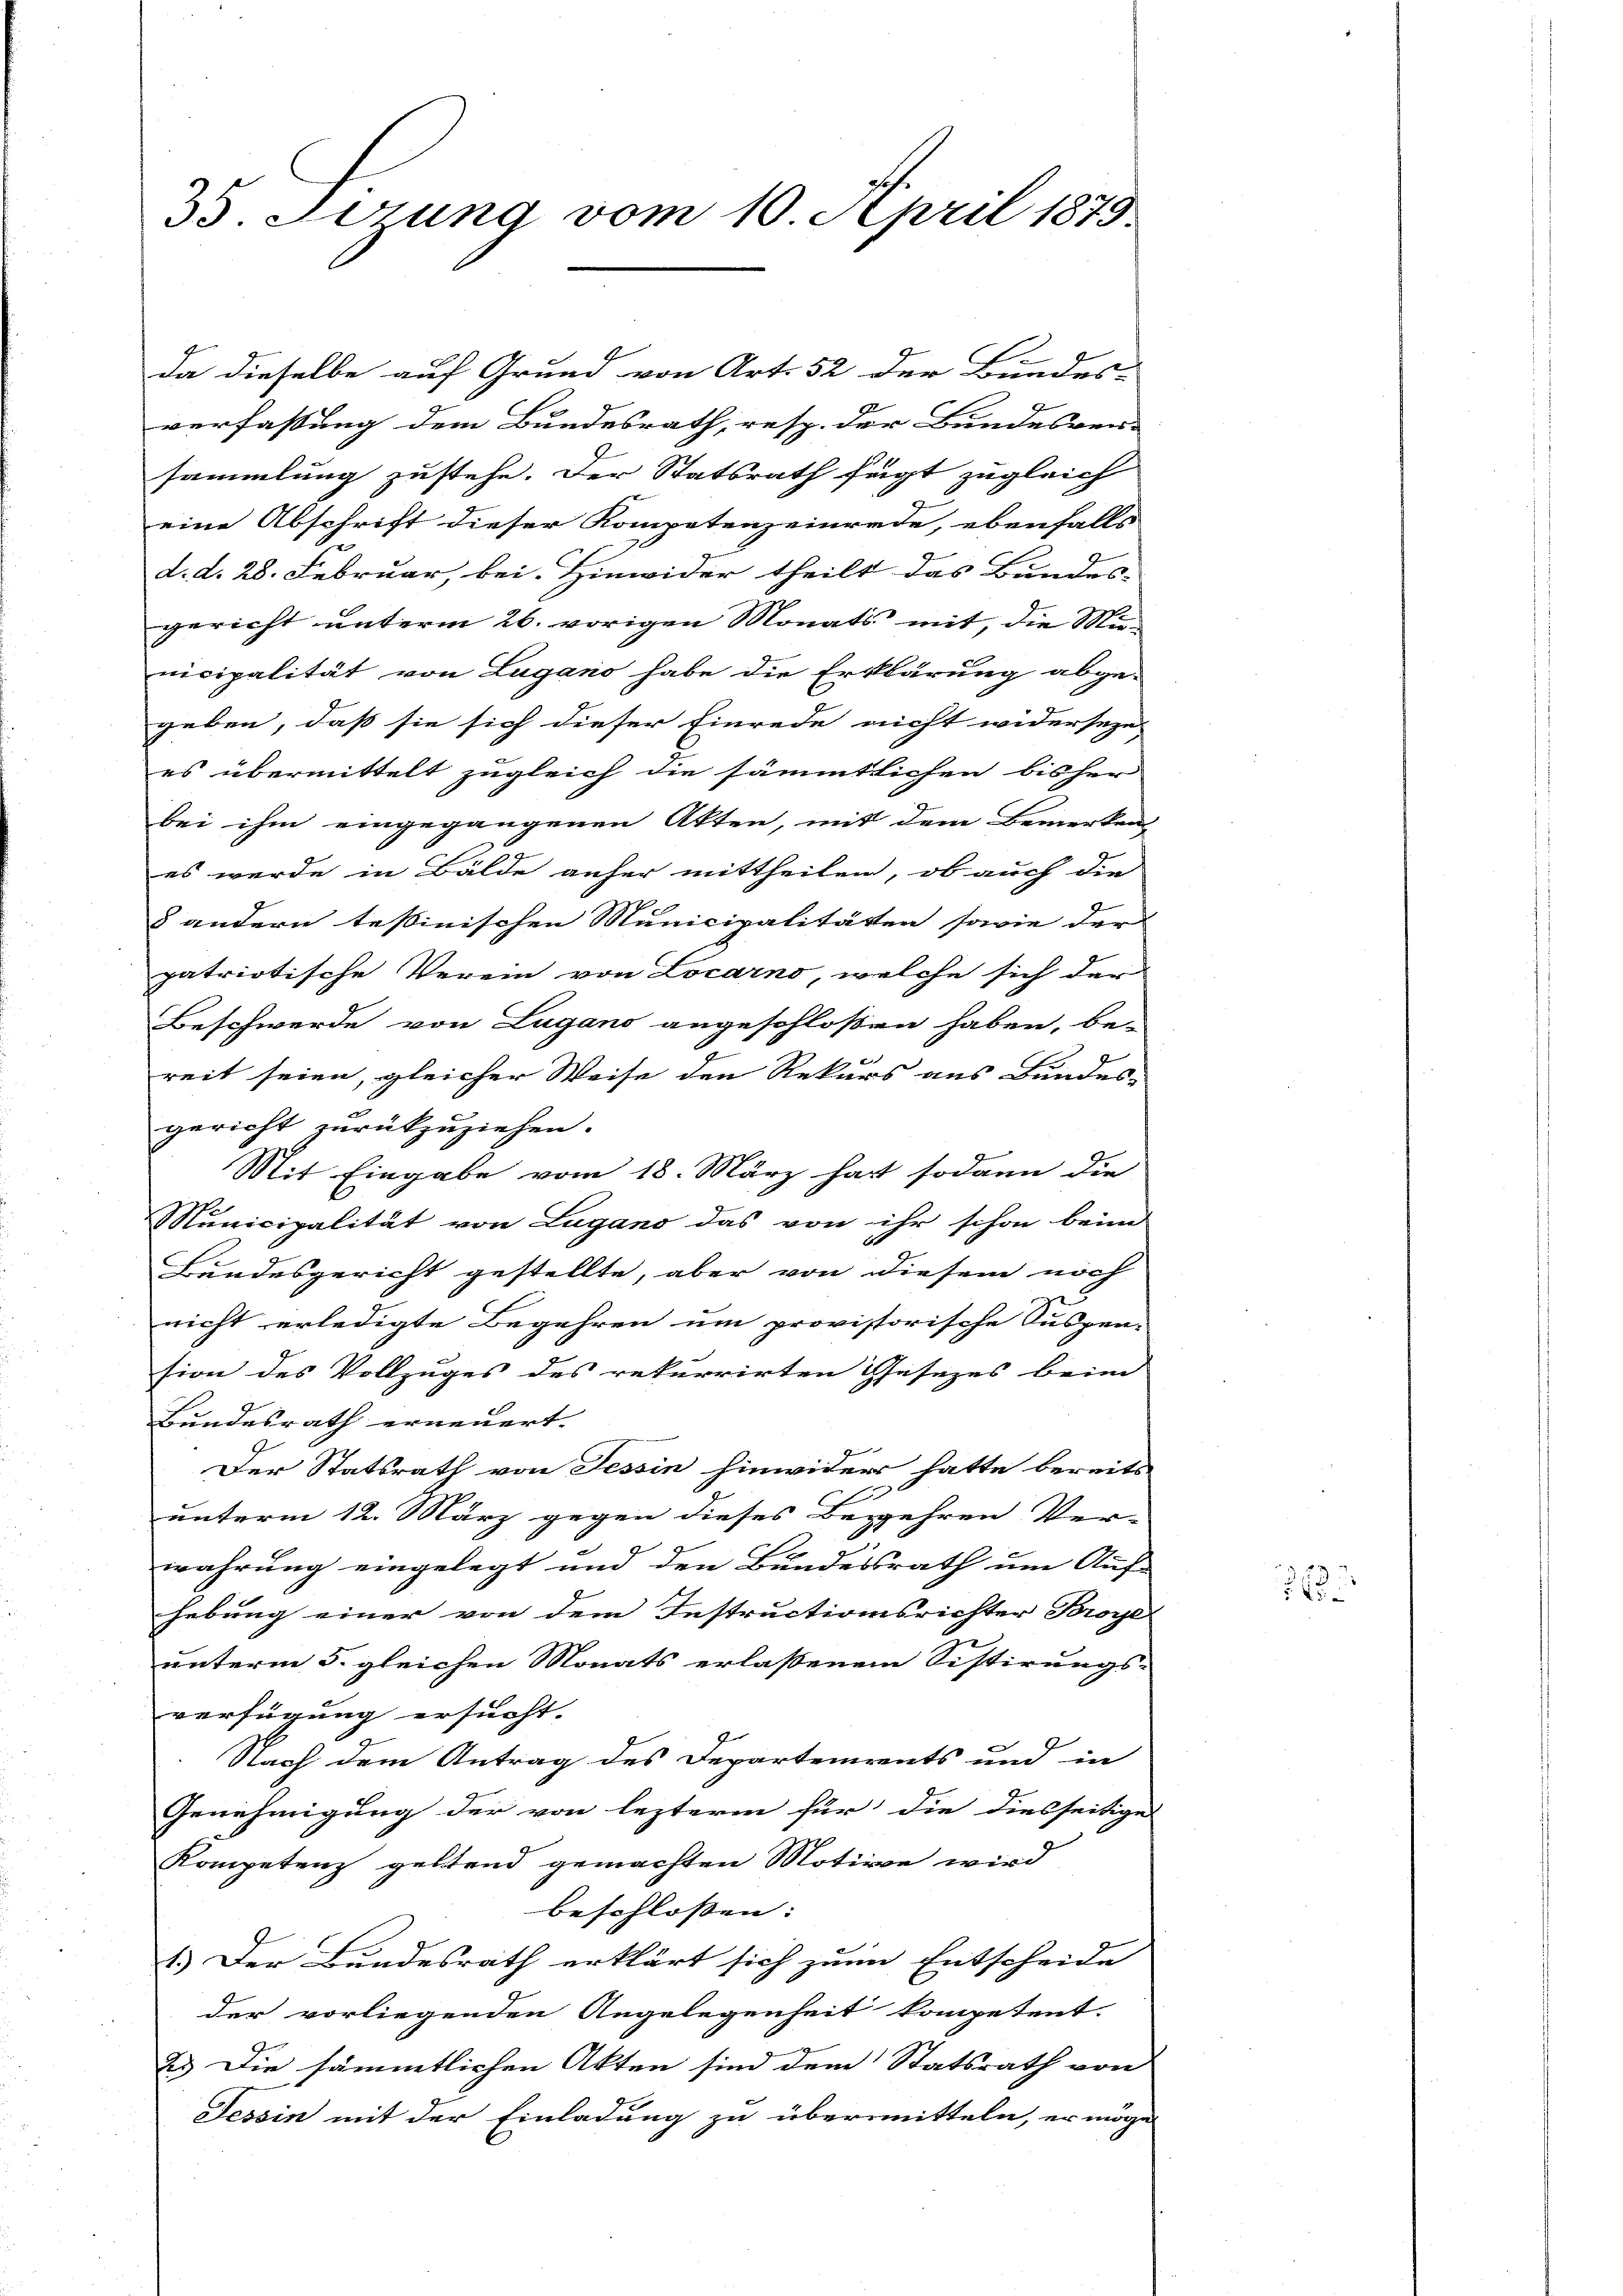
35. Lerung vom 10. April 1879.

da dieselbe auf Grund von Art. 52 der Bundes-
verfassung dem Bundesrath, resp. der Bundesver-
sammlung zustehe. Der Statsrath fügt zugleich
eine Abschrift dieser Kompetenzeinrede, ebenfalls
d. d. 28. Februar, bei. Hinwider theilt das Bundes-
gericht unterm 26. vorigen Monats mit, die Municipalität von Lugano habe die Erklärung abge-
geben, daß sie sich dieser Einrede nicht widerseze
es übermittelt zugleich die sämmtlichen bisher
bei ihm eingegangenen Akten, mit dem Bemerken
es wurde in Bälde anfer mittheilen, ob auch die
§ andern testinischen Municipalitäten sowie der
patriotische Verein von Locarno, welche sich der
Beschwerde von Lugano angeschloßen haben, be-
reit seien, gleicher Weise den Rekurs aus Bundes-
gericht zurückzuziehen.
Mit Eingabe vom 18. März hat sodann die
Municipalität von Lugano das von ihr schon beim
Bundesgericht gestellte, aber von diesem noch
nicht erledigte Begehren um provistorische Suspen-
sion des Vollzuges des rekurrirten Gesezes beim
Bundesrath erneuert.
Der Statsrath von Tessin hinwider hatte bereits
.
unterm 12. März gegen dieses Begehren Ver-
wahrung eingelegt und den Bundessrath um Auf- |
hebung einer von dem Instructionsrichter Broye
unterm 5. gleichen Monats erlassenem Sistirungs-
verfügung ersucht. |
Nach dem Antrag des Departements und in
Genehmigung der von lezterm für die diesseitiges
Kompetenz geltend gemachten Motive wird
beschlossen:
1.) Der Bundesrath erklärt sich zum Entscheide
der vorliegenden Angelegenheit kompetent.
2. Die sämmtlichen Akten sind dem Statsrath von
Tessin mit der Einladung zu übermitteln, er möge

27